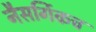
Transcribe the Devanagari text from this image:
नैसर्गिकच